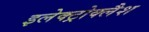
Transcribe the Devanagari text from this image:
इलेक्ट्रोक्लैश